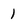
Character: 1